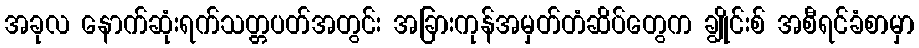
အခုလ နောက်ဆုံးရက်သတ္တပတ်အတွင်း အခြားကုန်အမှတ်တံဆိပ်တွေက ချွိုင်းစ် အစီရင်ခံစာမှာ